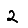
Digit: 2